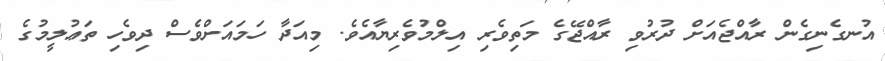
އުނގެނިގެން ރާއްޖެއަށް ދުރުވި ރާއްޖޭގެ މަތިވެރި އިލްމުވެރިޔާއެވެ. މިއަދާ ހަމައަށްވެސް ދިވެހި ތަޢުލީމުގެ